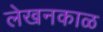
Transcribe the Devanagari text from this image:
लेखनकाळ